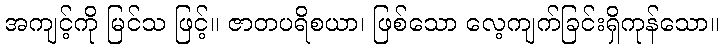
အကျင့်ကို မြင်သ ဖြင့်။ ဇာတပရိစယာ၊ ဖြစ်သော လေ့ကျက်ခြင်းရှိကုန်သော။